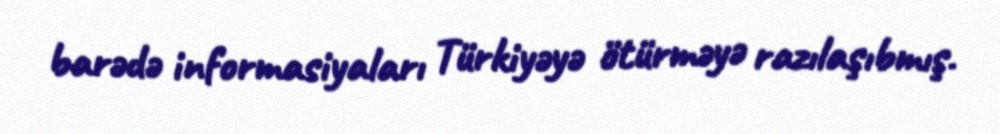
barədə informasiyaları Türkiyəyə ötürməyə razılaşıbmış.